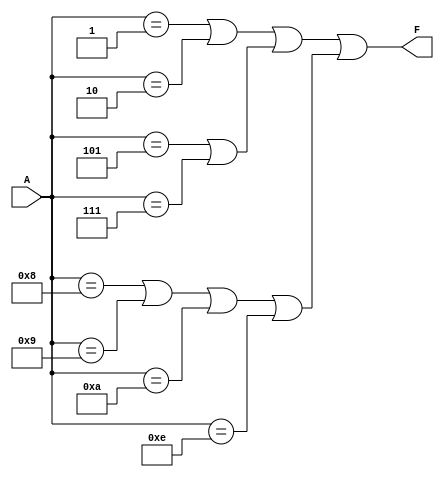
module PrimeImplicantCLB (
    input wire [3:0] A,   // 4-bit input representing variables A, B, C, D
    output wire F         // Output of the combinational logic function
);

    // Define the minterms based on the specific logic function
    // Example: Minterms for F = 1 for minterms {1, 2, 5, 7, 8, 9, 10, 14}
    wire minterm1 = A == 4'b0001;  // Minterm (1)
    wire minterm2 = A == 4'b0010;  // Minterm (2)
    wire minterm5 = A == 4'b0101;  // Minterm (5)
    wire minterm7 = A == 4'b0111;  // Minterm (7)
    wire minterm8 = A == 4'b1000;  // Minterm (8)
    wire minterm9 = A == 4'b1001;  // Minterm (9)
    wire minterm10 = A == 4'b1010; // Minterm (10)
    wire minterm14 = A == 4'b1110; // Minterm (14)

    // Implement the prime implicants by combining minterms - OR'ing them
    wire prime_implicant1 = minterm1 | minterm2;
    wire prime_implicant2 = minterm5 | minterm7;
    wire prime_implicant3 = minterm8 | minterm9 | minterm10 | minterm14;

    // Final output - combine the essential prime implicants
    assign F = prime_implicant1 | prime_implicant2 | prime_implicant3;

endmodule